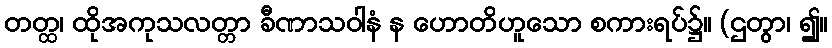
တတ္ထ၊ ထိုအကုသလတ္တာ ခီဏာသဝါနံ န ဟောတိဟူသော စကားရပ်၌။ (ဌတွာ၊ ၍။